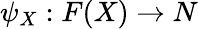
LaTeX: \psi_{X}:F(X)\to N